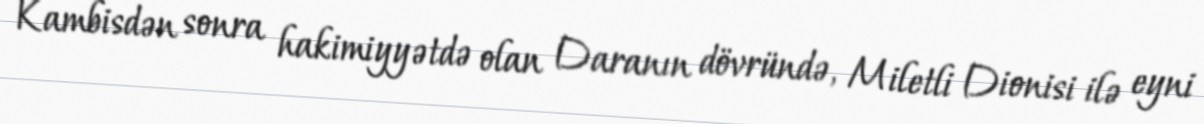
Kambisdən sonra hakimiyyətdə olan Daranın dövründə, Miletli Dionisi ilə eyni